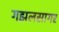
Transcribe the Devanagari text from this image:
गझलसागर